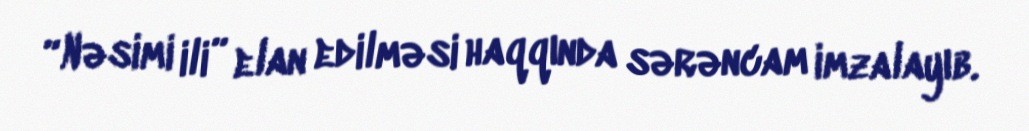
“Nəsimi ili” elan edilməsi haqqında sərəncam imzalayıb.